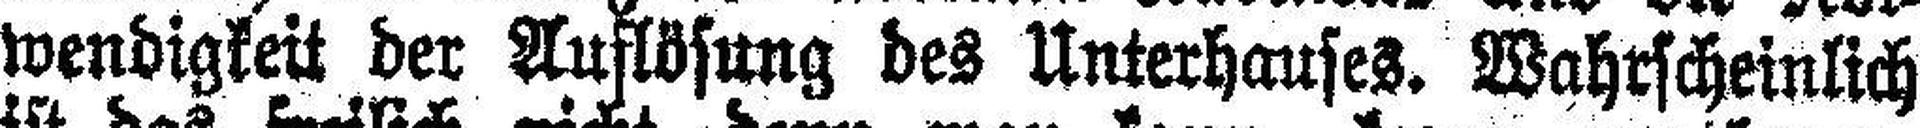
wendigkeit der Auflösung des Unterhauses. Wahrscheinlich